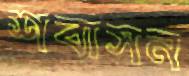
শবাসন